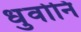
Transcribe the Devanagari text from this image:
धुवोनि